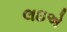
લઇએ